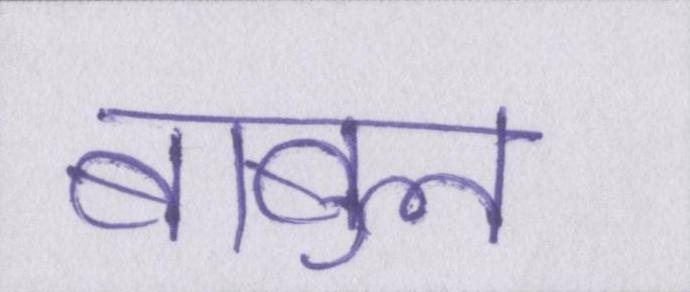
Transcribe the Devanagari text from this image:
बाबुल